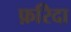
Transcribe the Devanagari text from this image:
फ़रिदा